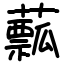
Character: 䕯